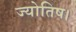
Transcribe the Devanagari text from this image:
ज्‍योतिष।